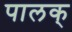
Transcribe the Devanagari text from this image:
पालक्